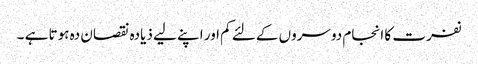
نفرت کا انجام دوسروں کےلئے کم اور اپنے لیے ذیادہ نقصان دہ ہوتا ہے ۔